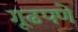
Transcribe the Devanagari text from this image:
गूढपणे